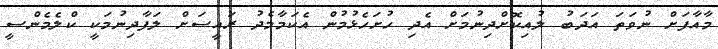
މާއާފަށް ނުވަތަ އަދަބު ލުއިކޮށްދިނުމަށް އެދި ހުށަހެޅުމުން އެކަމާމެދު ރައީސަށް ލަފާދިނުމަކީ ކްލެމެންސީ